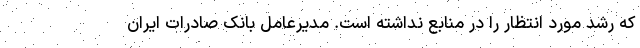
که رشد مورد انتظار را در منابع نداشته است. مدیرعامل بانک صادرات ایران